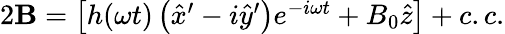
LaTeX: \begin{array}{r}{2\textbf{B}=\left[h(\omega t)\left(\hat{x}^{\prime}-i\hat{y}^{\prime}\right)e^{-i\omega t}+B_{0}\hat{z}\right]+c.c.}\end{array}